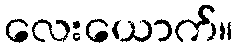
လေးယောက်။